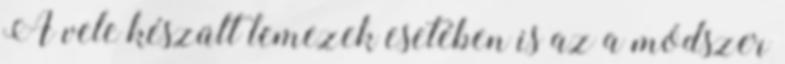
A vele készült lemezek esetében is az a módszer